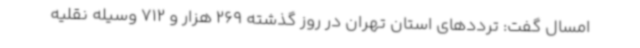
امسال گفت: ترددهای استان تهران در روز گذشته 269 هزار و 712 وسیله نقلیه